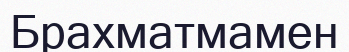
Брахматмамен